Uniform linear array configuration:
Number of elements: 64
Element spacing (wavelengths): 0.75
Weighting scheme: hamming
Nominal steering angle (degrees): -30
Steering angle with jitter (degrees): -30.382
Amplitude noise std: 0.05
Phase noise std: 0.05

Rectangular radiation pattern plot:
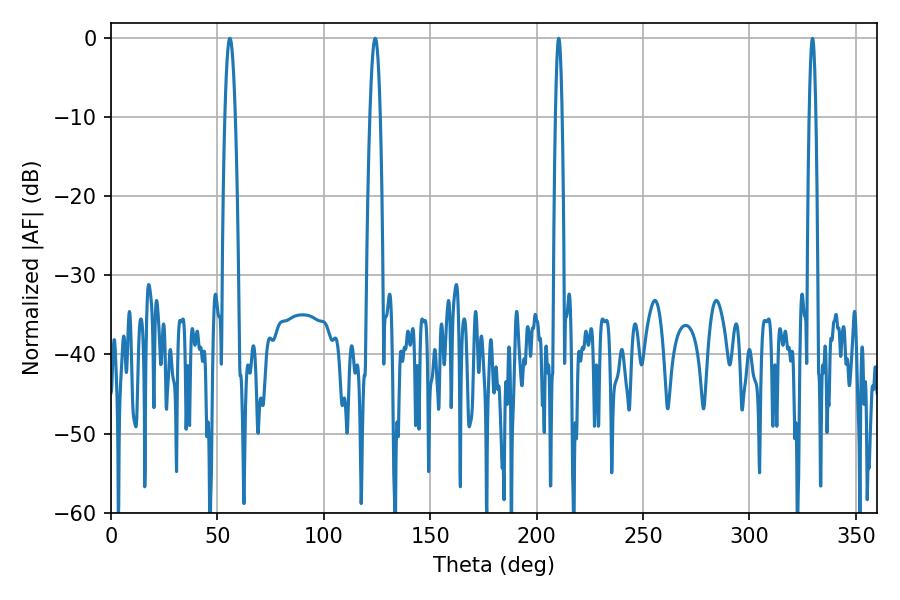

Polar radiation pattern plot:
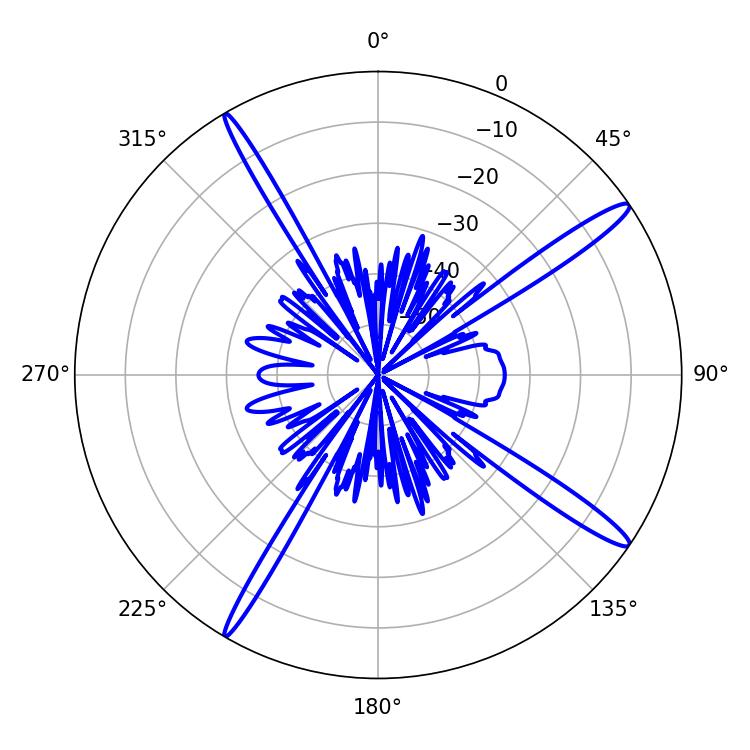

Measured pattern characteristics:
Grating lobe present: TRUE
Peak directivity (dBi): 15.911
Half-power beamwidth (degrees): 2.7
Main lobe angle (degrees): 55.8